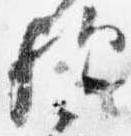
歟